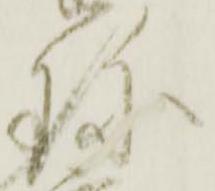
珎